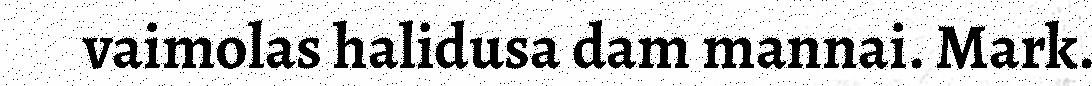
vaimolas halidusa dam mannai. Mark.